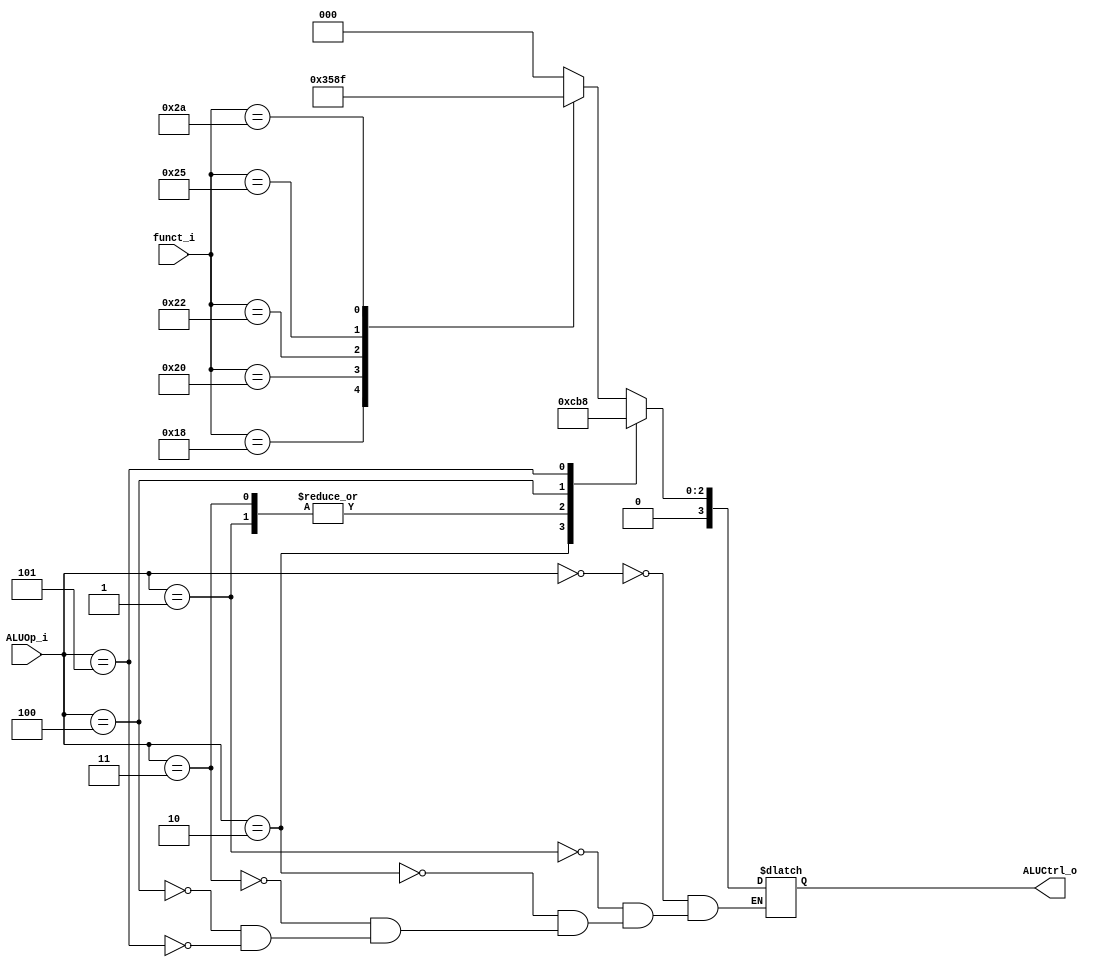
`timescale 1ns / 1ps
//////////////////////////////////////////////////////////////////////////////////
// Company: 
// Engineer: 
// 
// Design Name: 
// Module Name: ALU_Control
// Project Name: 
// Target Devices: 
// Tool Versions: 
// Description: 
// 
// Dependencies: 
// 
// Revision:
// Revision 0.01 - File Created
// Additional Comments:
// 
//////////////////////////////////////////////////////////////////////////////////


module ALU_Control(
        funct_i,
        ALUOp_i,
        ALUCtrl_o
        );
        
//I/O ports 
input      [6-1:0] funct_i;
input      [3-1:0] ALUOp_i;

output     [4-1:0] ALUCtrl_o;    
     
//Internal Signals
reg        [4-1:0] ALUCtrl;

//Parameter

//Select exact operation
always@(*)begin
    case(ALUOp_i)
        3'b000: 
            begin
            case(funct_i)
                6'd24: ALUCtrl = 4'b0011;  //mult
                6'd32: ALUCtrl = 4'b0010;  //add
                6'd34: ALUCtrl = 4'b0110;  //sub
                6'd36: ALUCtrl = 4'b0000;  //and
                6'd37: ALUCtrl = 4'b0001;  //or
                6'd42: ALUCtrl = 4'b0111;  //slt
                default: ALUCtrl = 4'b0000;
            endcase
            end
	    3'b001: ALUCtrl = 4'b0010; //lw.sw
	    3'b010: ALUCtrl = 4'b0110; //beq
	    3'b011: ALUCtrl = 4'b0010; //addi
	    3'b100: ALUCtrl = 4'b0111; //slti
	    3'b101: ALUCtrl = 4'b0000; //jump
	endcase
end

assign ALUCtrl_o = ALUCtrl;
        
endmodule